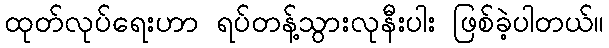
ထုတ်လုပ်ရေးဟာ ရပ်တန့်သွားလုနီးပါး ဖြစ်ခဲ့ပါတယ်။